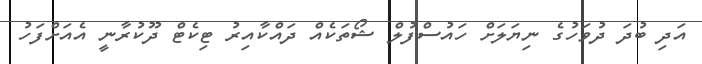
އަދި ބުދަ ދުވަހުގެ ނިޔަލަށް ހައުސްފުލް ޝޯތަކެއް ދައްކާއިރު ޓިކެޓް ދޫކުރާނީ އެއަށްފަހު